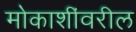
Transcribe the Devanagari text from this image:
मोकाशींवरील